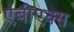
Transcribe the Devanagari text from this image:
एबीएक्स